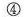
④